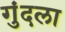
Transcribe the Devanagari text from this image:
गुंदला